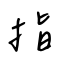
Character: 指